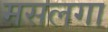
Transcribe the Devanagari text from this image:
मसलगा